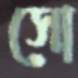
সো